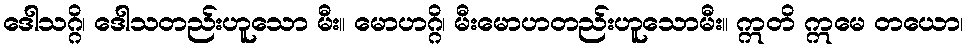
ဒေါသဂ္ဂိ၊ ဒေါသတည်းဟူသော မီး။ မောဟဂ္ဂိ၊ မီးမောဟတည်းဟူသောမီး။ ဣတိ ဣမေ တယော၊